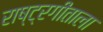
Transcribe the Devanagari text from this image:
राष्ट्रगीताला